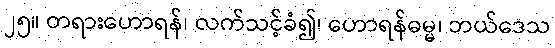
၂၅။ တရားဟောရန်၊ လက်သင့်ခံ၍၊ ဟောရန်ဓမ္မ၊ ဘယ်ဒေသ